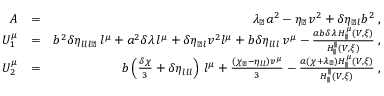
\begin{array} { r l r } { A } & { = } & { \lambda _ { \perp } a ^ { 2 } - \eta _ { \perp } v ^ { 2 } + \delta \eta _ { \perp l } b ^ { 2 } \; , } \\ { U _ { 1 } ^ { \mu } } & { = } & { b ^ { 2 } \delta \eta _ { l l l \perp } \, l ^ { \mu } + a ^ { 2 } \delta \lambda \, l ^ { \mu } + \delta \eta _ { \perp l } v ^ { 2 } l ^ { \mu } + b \delta \eta _ { l l l } \, v ^ { \mu } - \frac { a b \delta \lambda \, H _ { \parallel } ^ { \mu } ( V , \xi ) } { H _ { \parallel } ^ { \parallel } ( V , \xi ) } \; , } \\ { U _ { 2 } ^ { \mu } } & { = } & { b \left( \frac { \delta \chi } { 3 } + \delta \eta _ { l l l } \right) \, l ^ { \mu } + \frac { ( \chi _ { \perp } - \eta _ { l l } ) v ^ { \mu } } { 3 } - \frac { a ( \chi + \lambda _ { \perp } ) H _ { \parallel } ^ { \mu } ( V , \xi ) } { H _ { \parallel } ^ { \parallel } ( V , \xi ) } \; , } \end{array}